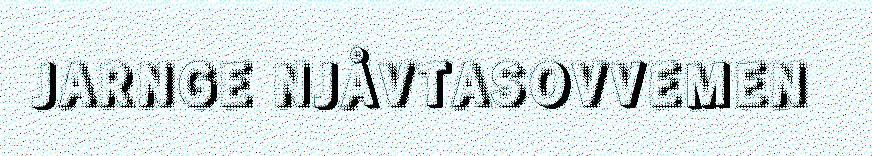
JARNGE NJÅVTASOVVEMEN